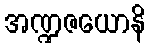
အဏ္ဍဇယောနိ